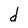
Character: d